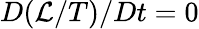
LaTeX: D(\mathcal{L}/T)/Dt=0